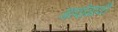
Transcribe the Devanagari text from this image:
गावोगांवी